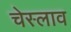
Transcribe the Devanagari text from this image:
चेस्लाव